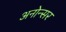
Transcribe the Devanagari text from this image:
अनोन्सर